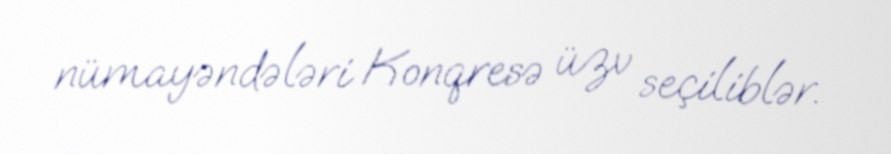
nümayəndələri Konqresə üzv seçiliblər.